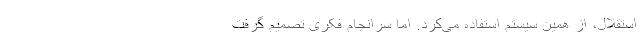
استقلال، از همین سیستم استفاده می‌کرد. اما سرانجام فکری تصمیم گرفت